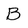
Character: B